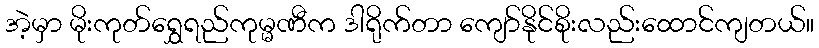
အဲ့မှာ မိုးကုတ်ရွှေရည်ကုမ္မဏီက ဒါရိုက်တာ ကျော်နိုင်စိုးလည်းထောင်ကျတယ်။